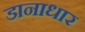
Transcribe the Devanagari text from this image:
डानाधार